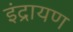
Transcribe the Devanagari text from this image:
इंद्रायण